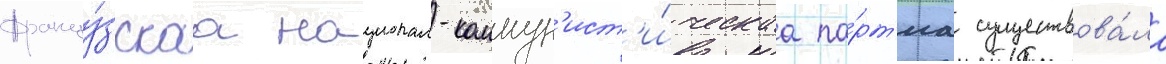
Францу́зскаа национал-коммун'ист'и́ческаа па́рт'иа существова́ла